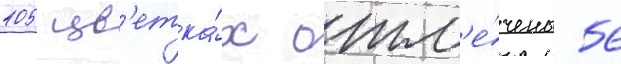
105 цв'етка́х отм'е́чены 56